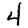
Digit: 4